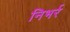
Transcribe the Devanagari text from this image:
निभर्र